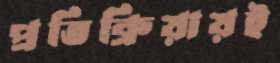
প্রতিক্রিয়ায়ই